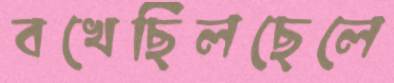
বখেছিলছেলে